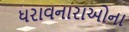
ધરાવનારાઓના